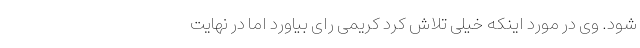
شود. وی در مورد اینکه خیلی تلاش کرد کریمی رای بیاورد اما در نهایت